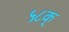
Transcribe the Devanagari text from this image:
५८क्